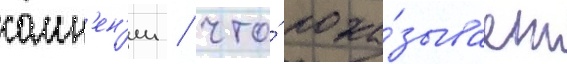
сомн'ен'ии / что́ пока́зывает